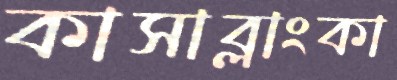
কাসাব্লাংকা